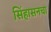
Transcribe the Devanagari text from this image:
सिंहासनचा